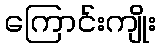
ကြောင်းကျိုး